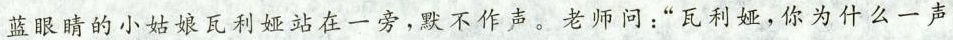
蓝眼睛的小姑娘瓦利娅站在一旁，默不作声。老师问：“瓦利娅，你为什么一声